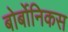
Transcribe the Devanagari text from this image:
बोर्बोनिकस